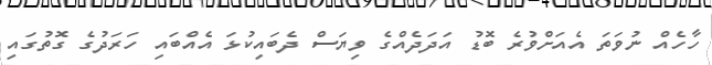
ހާހެއް ނުވަތަ އެއަށްވުރެ ބޮޑު އަދަދެއްގެ ވިޔަސް ދެބައިކުޅަ އެއްބައި ހަރަދުގެ ގޮތުގައި